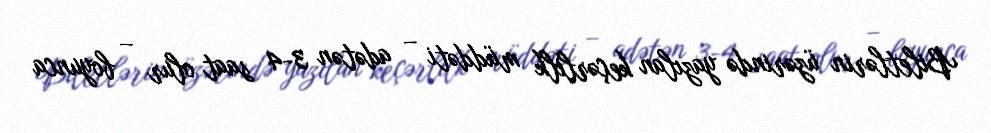
Biletlərin üzərində yazılan keçərlilk müddəti – adətən 3-4 saat olur – boyunca